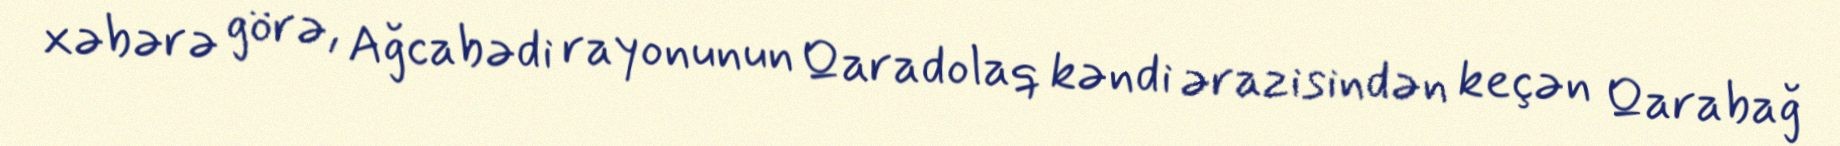
xəbərə görə, Ağcabədi rayonunun Qaradolaq kəndi ərazisindən keçən Qarabağ